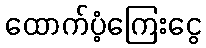
ထောက်ပံ့ကြေးငွေ